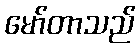
မော်တာသည်